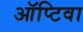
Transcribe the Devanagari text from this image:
ऑप्टिवा